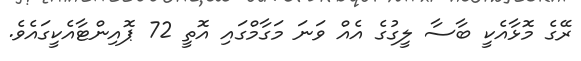
ރޭގެ މޮޅާއެކީ ބާސާ ލީގުގެ އެއް ވަނަ މަގާމްގައި އޮތީ 72 ޕޮއިންޓާއެކީގައެވެ.